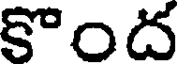
కొంద